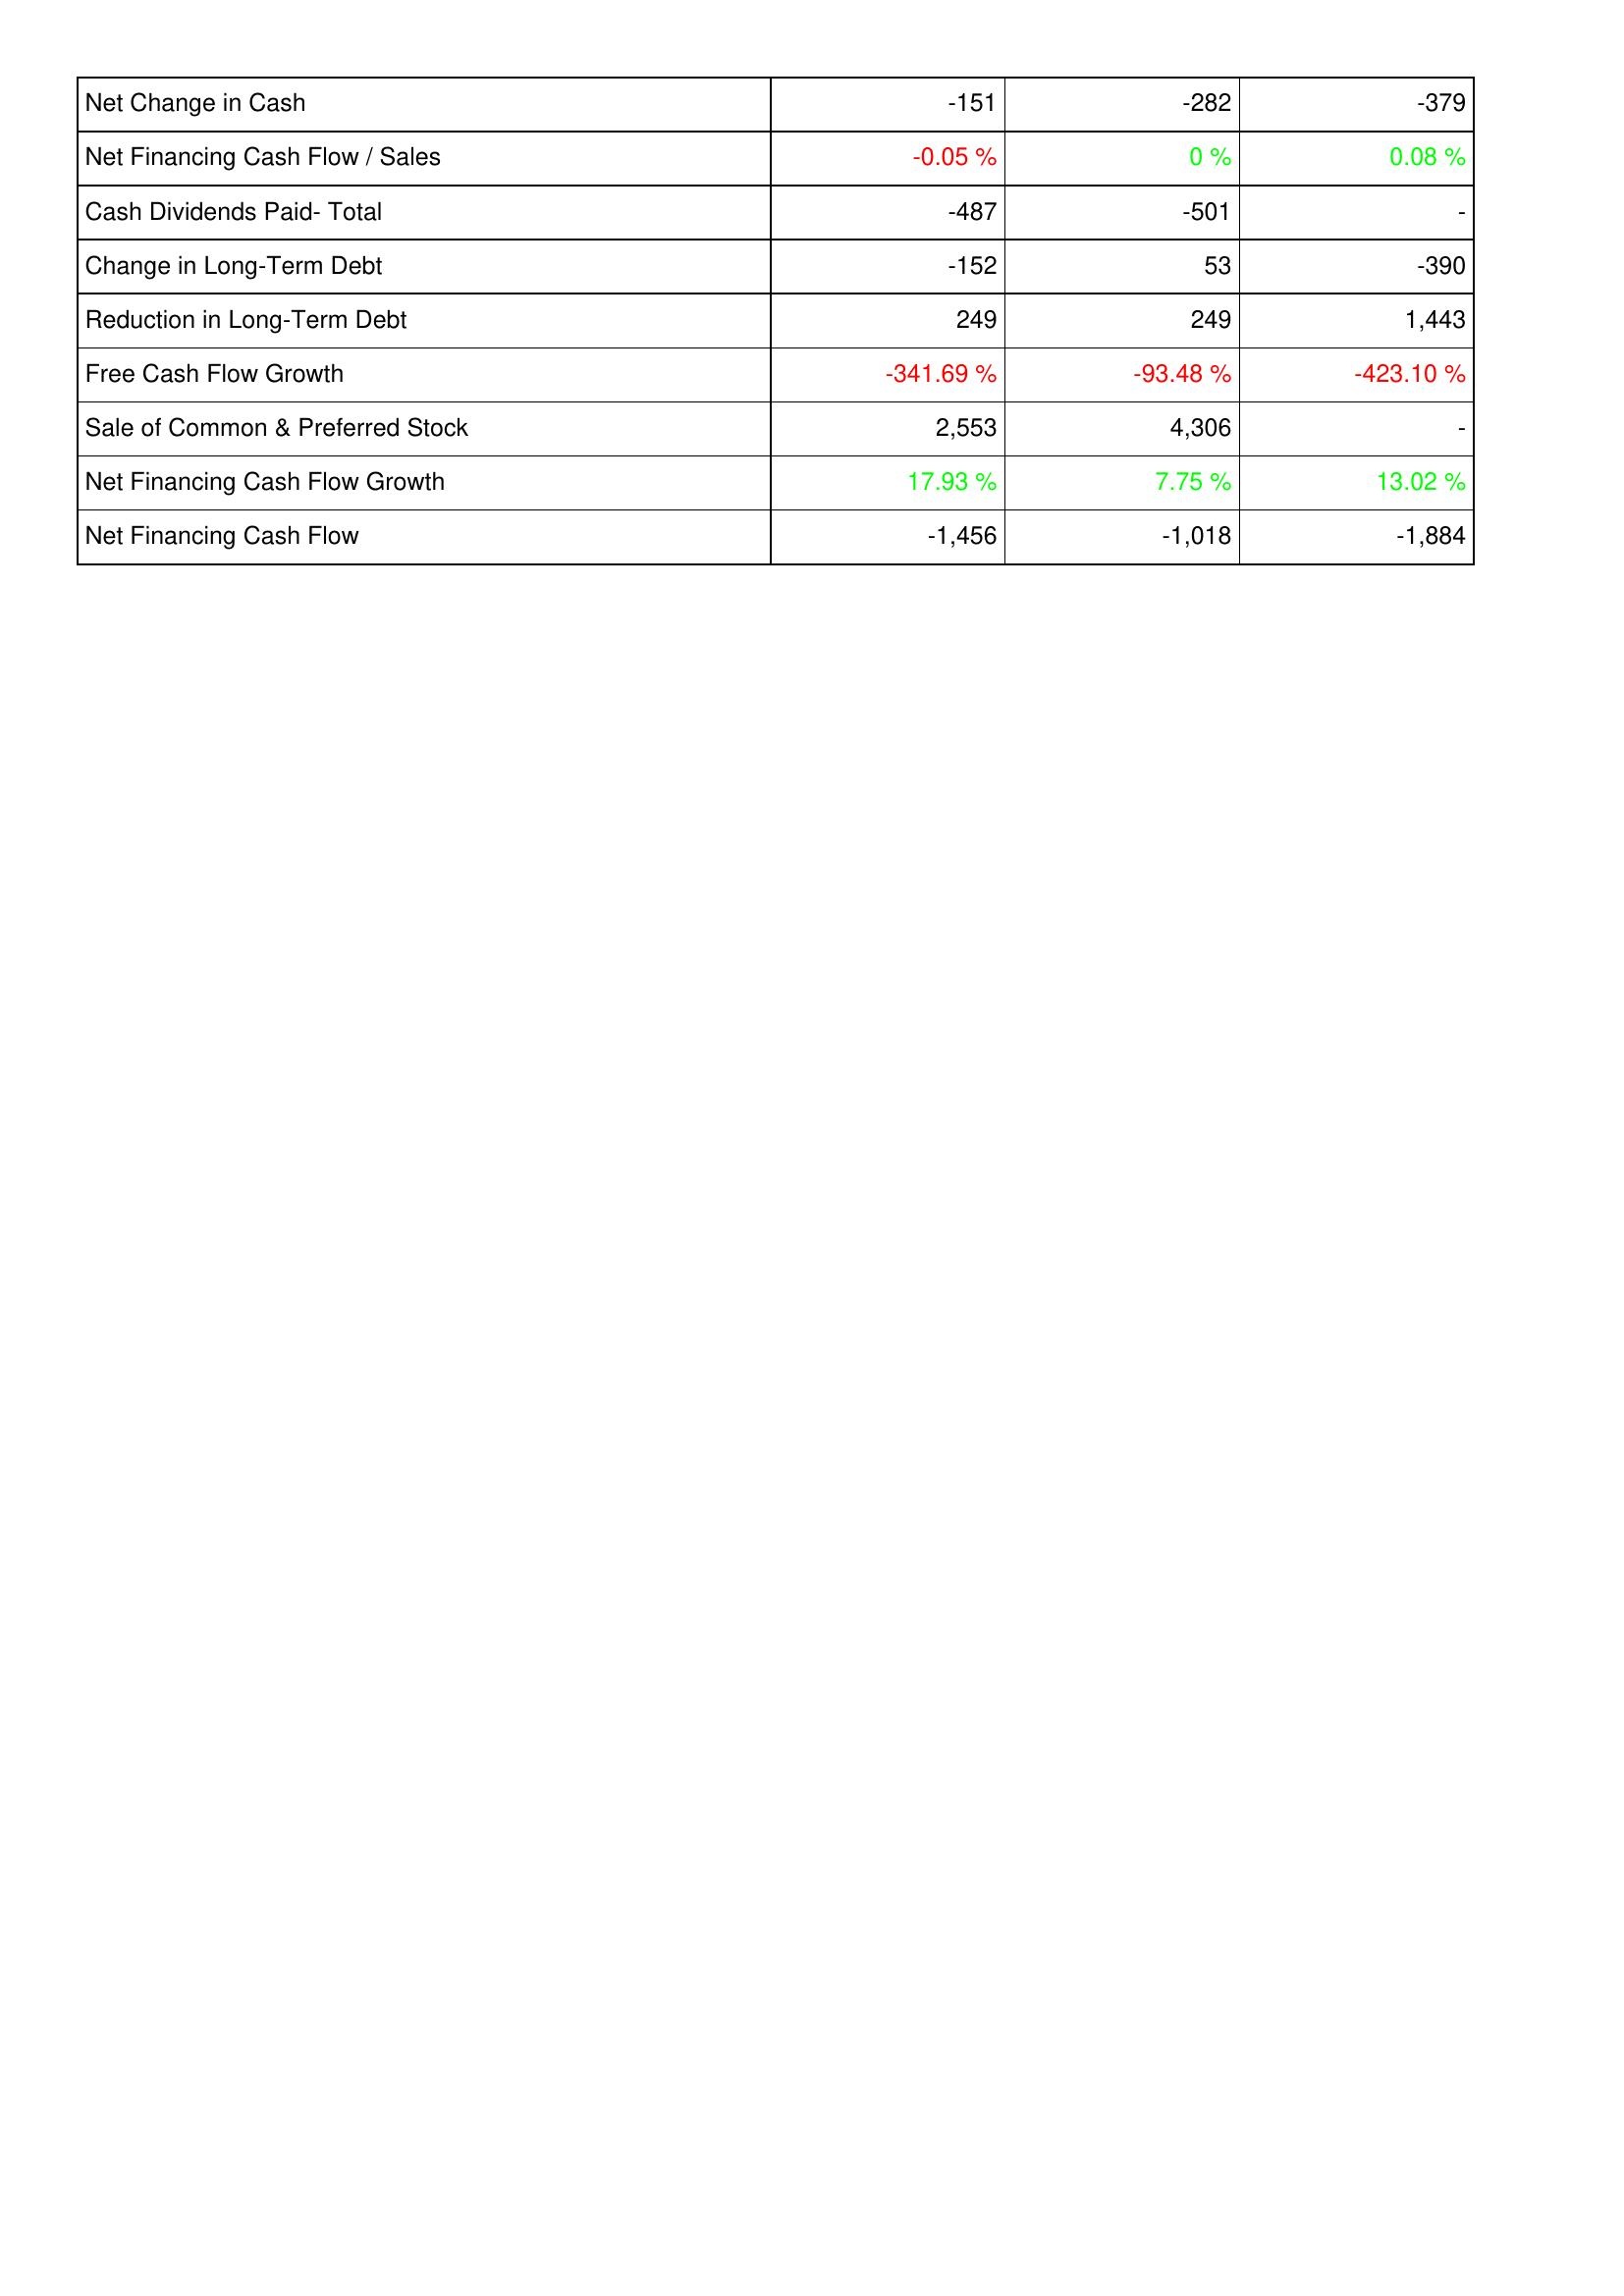
2018: Financing Activities: Net Change in Cash: -151
Net Financing Cash Flow / Sales: -0.05 %
Cash Dividends Paid- Total: -487
Change in Long-Term Debt: -152
Reduction in Long-Term Debt: 249
Free Cash Flow Growth: -341.69 %
Sale of Common & Preferred Stock: 2,553
Net Financing Cash Flow Growth: 17.93 %
Net Financing Cash Flow: -1,456
2017: Financing Activities: Net Change in Cash: -282
Net Financing Cash Flow / Sales: 0 %
Cash Dividends Paid- Total: -501
Change in Long-Term Debt: 53
Reduction in Long-Term Debt: 249
Free Cash Flow Growth: -93.48 %
Sale of Common & Preferred Stock: 4,306
Net Financing Cash Flow Growth: 7.75 %
Net Financing Cash Flow: -1,018
2016: Financing Activities: Net Change in Cash: -379
Net Financing Cash Flow / Sales: 0.08 %
Cash Dividends Paid- Total: -
Change in Long-Term Debt: -390
Reduction in Long-Term Debt: 1,443
Free Cash Flow Growth: -423.10 %
Sale of Common & Preferred Stock: -
Net Financing Cash Flow Growth: 13.02 %
Net Financing Cash Flow: -1,884